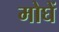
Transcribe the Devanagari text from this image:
मोघें